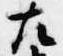
左